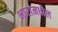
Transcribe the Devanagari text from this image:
भारांमधील